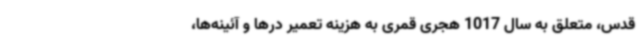
قدس، متعلق به سال 1017 هجری قمری به هزینه تعمیر درها و آئینه‌ها،